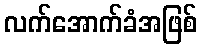
လက်အောက်ခံအဖြစ်